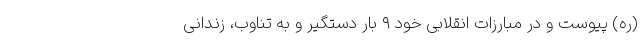
(ره) پیوست و در مبارزات انقلابی خود ۹ بار دستگیر و به تناوب، زندانی